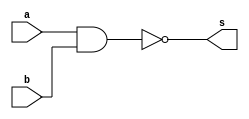
// -------------------------
// Exercicio01
// Nome: Rayan Darwin
// -------------------------

module nandgate(output s, input a, input b);
 assign s = ~(a & b);
endmodule

module teste;
 reg x,y;
 wire z;
 
 nandgate NAND1 (z,x,y);
 
 initial begin
  x=0; y=0;
  $display("Teste\nx y z");
  $monitor("%b %b %b",x,y,z);
  
  #1 x=0; y=1;
  #1 x=1; y=0;
  #1 x=1; y=1;
 end
 
endmodule